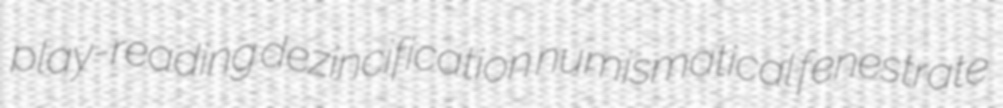
play-reading dezincification numismatical fenestrate